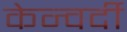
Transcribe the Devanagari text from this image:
केन्वर्दी